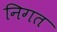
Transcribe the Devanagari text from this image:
निगत